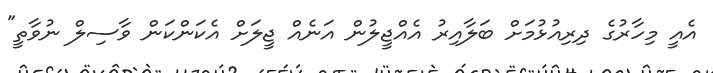
އެއީ މިހާރުގެ ދިރިއުޅުމަށް ބަލާއިރު އެއްޖީލުން އަނެއް ޖީލަށް އެކަންކަން ވާސިލް ނުވާތީ"